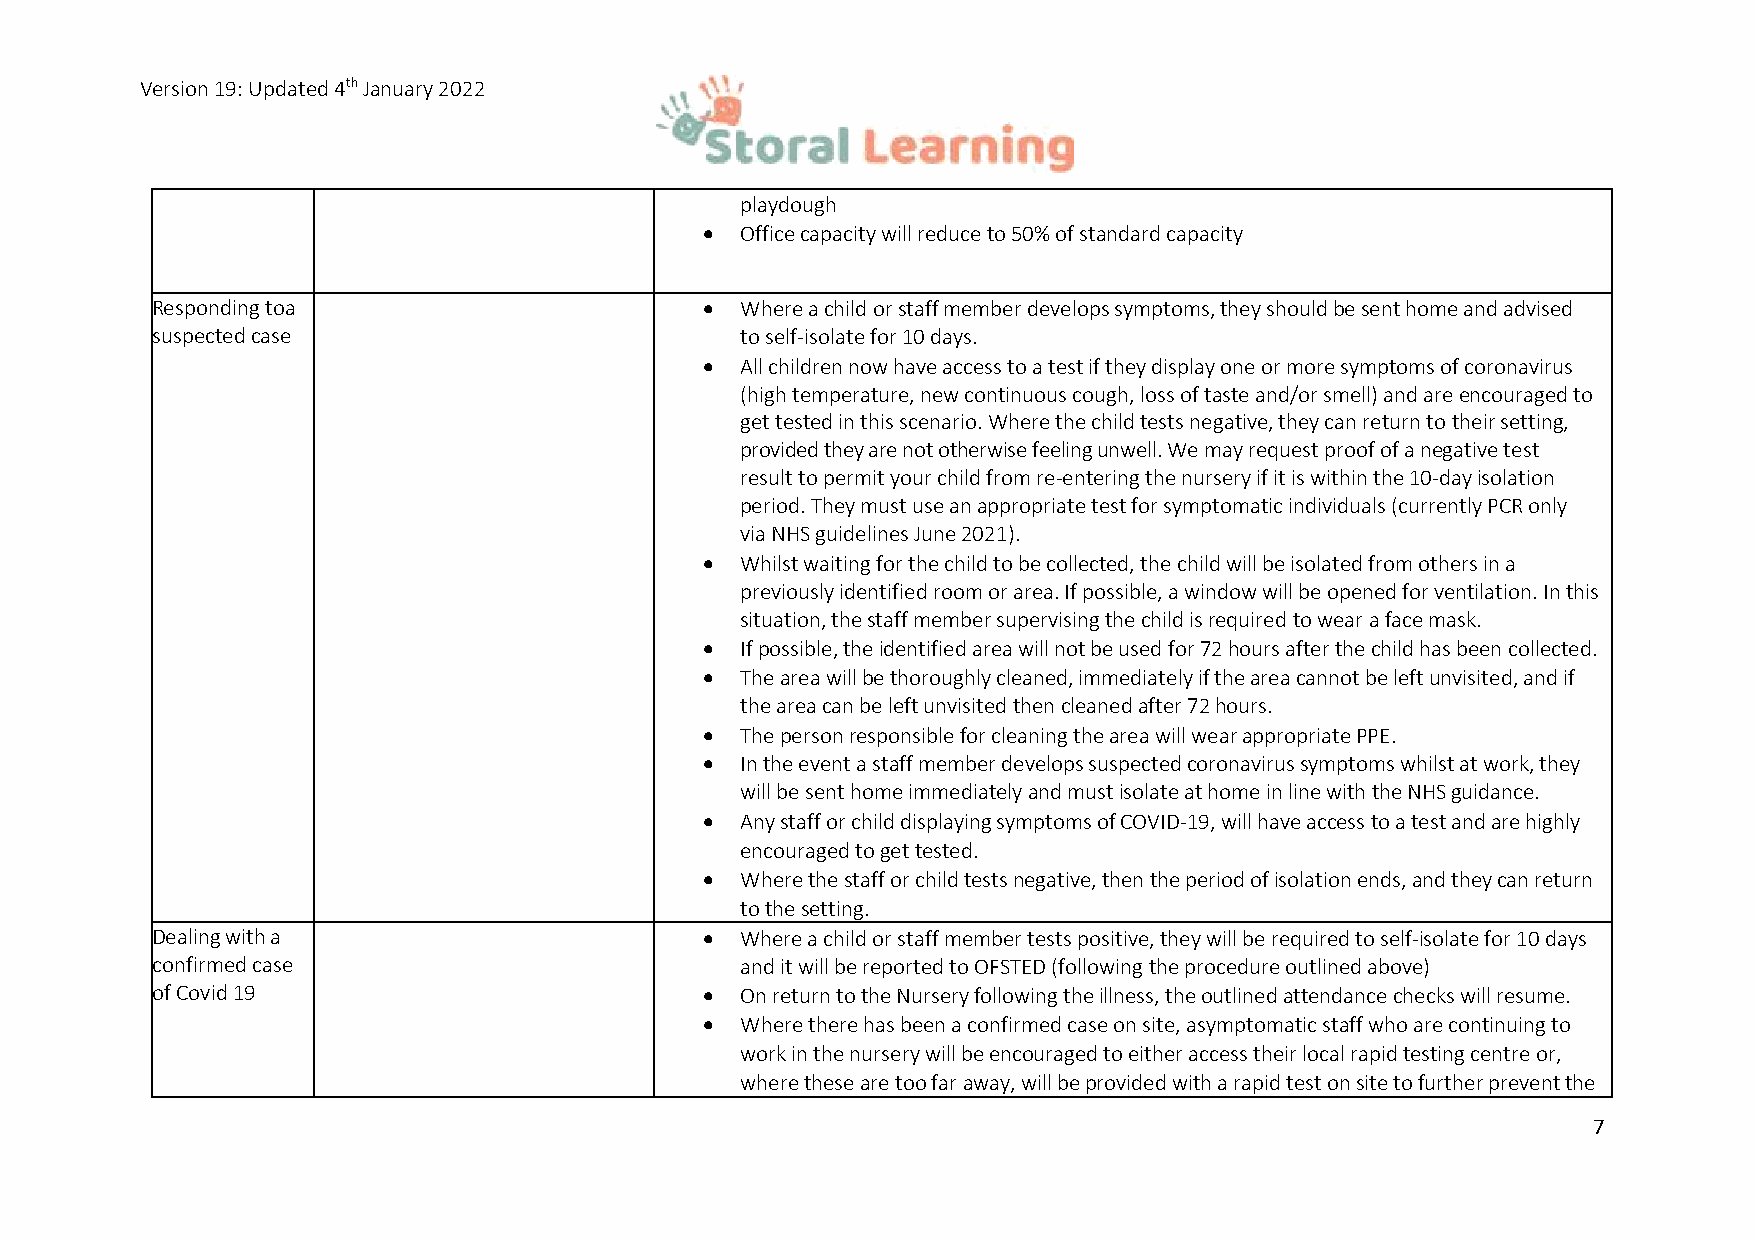
Version 19: Updated 4th January 2022
 playdough
 • Office capacity will reduce to 50% of standard capacity
 Responding to a                      • Where a child or staff member develops symptoms, they should be sent home and advised
 suspected case                         to self-isolate for 10 days.
 • All children now have access to a test if they display one or more symptoms of coronavirus
 (high temperature, new continuous cough, loss of taste and/or smell) and are encouraged to
 get tested in this scenario. Where the child tests negative, they can return to their setting,
 provided they are not otherwise feeling unwell. We may request proof of a negative test
 result to permit your child from re-entering the nursery if it is within the 10-day isolation
 period. They must use an appropriate test for symptomatic individuals (currently PCR only
 via NHS guidelines June 2021).
 • Whilst waiting for the child to be collected, the child will be isolated from others in a
 previously identified room or area. If possible, a window will be opened for ventilation. In this
 situation, the staff member supervising the child is required to wear a face mask.
 • If possible, the identified area will not be used for 72 hours after the child has been collected.
 • The area will be thoroughly cleaned, immediately if the area cannot be left unvisited, and if
 the area can be left unvisited then cleaned after 72 hours.
 • The person responsible for cleaning the area will wear appropriate PPE.
 • In the event a staff member develops suspected coronavirus symptoms whilst at work, they
 will be sent home immediately and must isolate at home in line with the NHS guidance.
 • Any staff or child displaying symptoms of COVID-19, will have access to a test and are highly
 encouraged to get tested.
 • Where the staff or child tests negative, then the period of isolation ends, and they can return
 to the setting.
 Dealing with a                       • Where a child or staff member tests positive, they will be required to self-isolate for 10 days
 confirmed case                         and it will be reported to OFSTED (following the procedure outlined above)
 of Covid 19                          • On return to the Nursery following the illness, the outlined attendance checks will resume.
 • Where there has been a confirmed case on site, asymptomatic staff who are continuing to
 work in the nursery will be encouraged to either access their local rapid testing centre or,
 where these are too far away, will be provided with a rapid test on site to further prevent the
 7